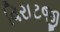
વિરાટજી